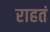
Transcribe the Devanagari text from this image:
राहतं